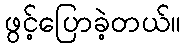
ဖွင့်ပြောခဲ့တယ်။